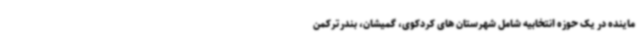
ماینده در یک حوزه انتخابیه شامل شهرستان های کردکوی، گمیشان، بندرترکمن